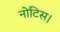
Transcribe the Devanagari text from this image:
नोटिस।